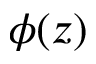
\phi ( z )